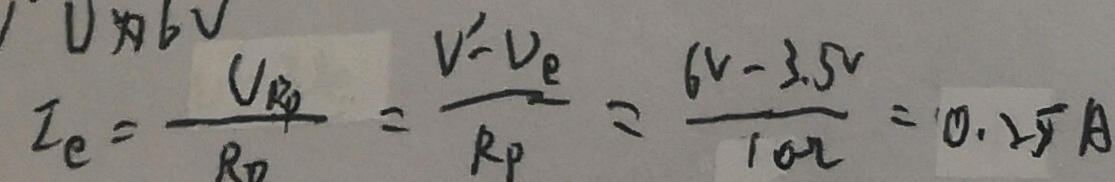
I _ { e } = \frac { U _ { R P } } { R _ { 0 } } = \frac { V ^ { 1 } - V _ { e } } { R _ { P } } = \frac { ( 6 V - 3 . 5 ^ { V } } { 1 0 \Omega } = 0 . 2 5 A